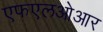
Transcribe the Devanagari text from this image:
एफएलओआर